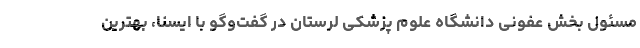
مسئول بخش عفونی دانشگاه علوم پزشکی لرستان در گفت‌وگو با ایسنا، بهترین